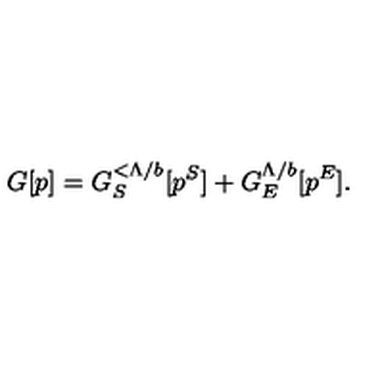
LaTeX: G [ p ] = G _ { S } ^ { < \Lambda / b } [ p ^ { S } ] + G _ { E } ^ { \Lambda / b } [ p ^ { E } ] .